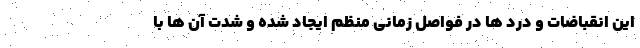
این انقباضات و درد ها در فواصل زمانی منظم ایجاد شده و شدت آن ها با